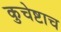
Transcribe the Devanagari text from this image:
कुचेष्टाच